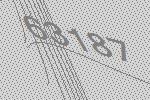
63187